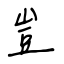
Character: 豈